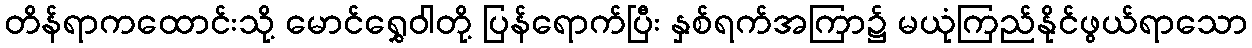
တိန်ရာကထောင်းသို့ မောင်ရွှေဝါတို့ ပြန်ရောက်ပြီး နှစ်ရက်အကြာ၌ မယုံကြည်နိုင်ဖွယ်ရာသော